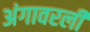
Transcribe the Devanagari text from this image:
अंगावरली